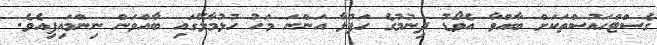
ގެސްޓްހައުސްތަކަށް ބާއްވާ އެވޯޑު ދިނުމުގެ ހަފުލާ އަންނަ މަހު ހުޅުމާލޭގައި ބާއްވަން ނިންމައިފިއެވެ.